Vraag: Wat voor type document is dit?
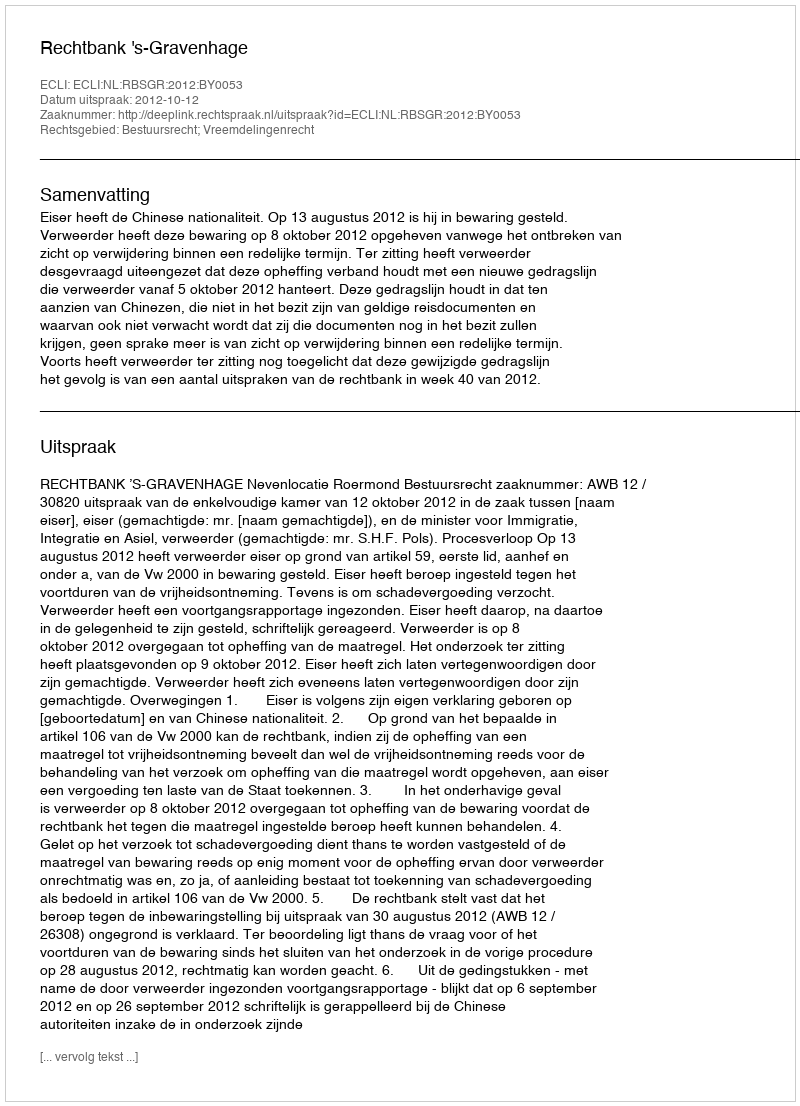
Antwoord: Uitspraak